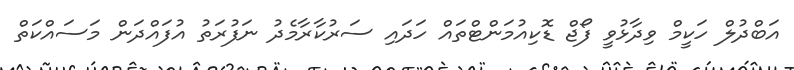
އަބްދުލް ހަކީމް ވިދާޅުވީ ފޯޖް ޑޮކިއުމަންޓްތައް ހަދައި ސަރުކާރާމެދު ނަފުރަތު އުފައްދަން މަސައްކަތް